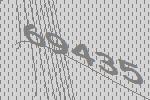
69435